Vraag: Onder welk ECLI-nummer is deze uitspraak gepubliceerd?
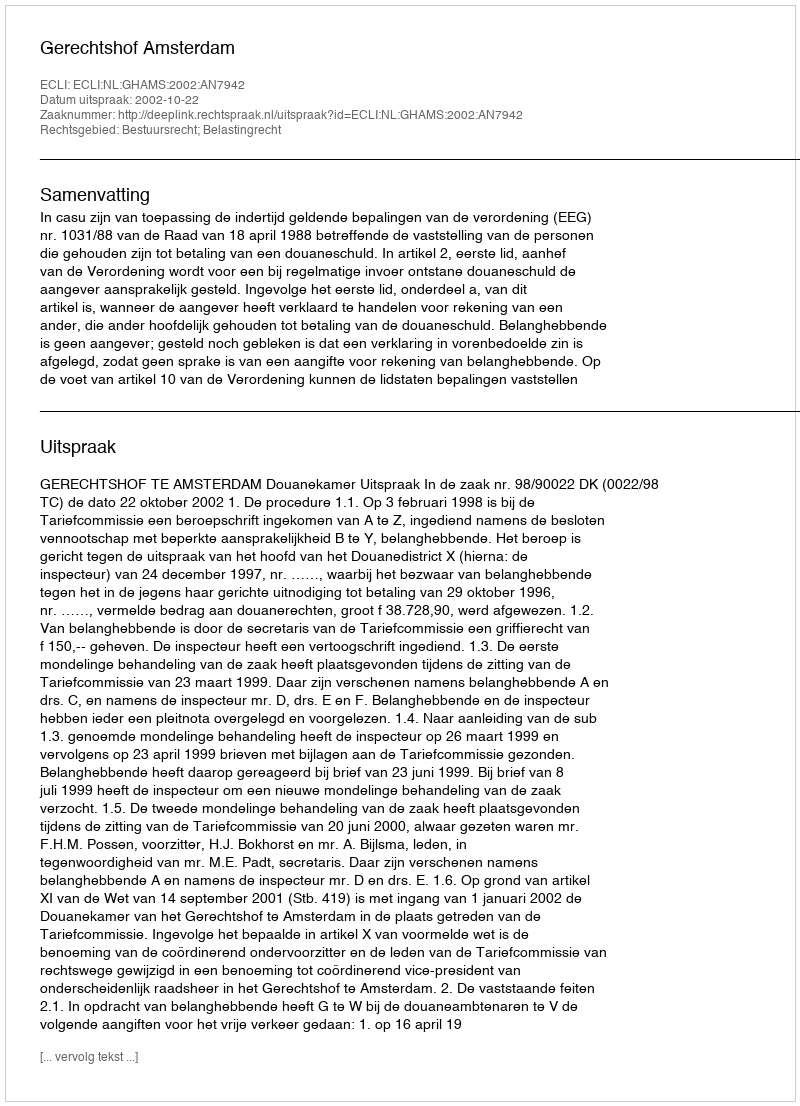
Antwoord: ECLI:NL:GHAMS:2002:AN7942